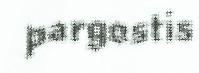
pargostis